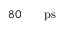
8 0 \ensuremath { \mathrm { ~ \textrm ~ { ~ \, ~ } ~ } } \ensuremath { \mathrm { p s } }